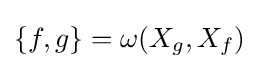
\{f,g\}=\omega (X_{g},X_{f})